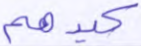
كيدهم